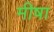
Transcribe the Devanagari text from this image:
मीषा